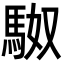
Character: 𮩼